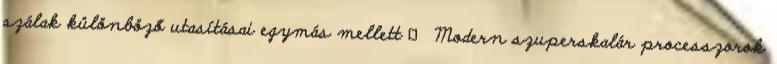
szálak különböző utasításai egymás mellett ● Modern szuperskalár processzorok